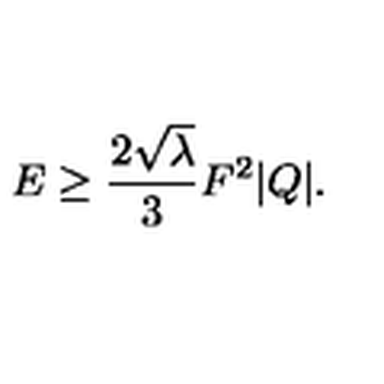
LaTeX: E \ge { \frac { 2 \sqrt { \lambda } } { 3 } } F ^ { 2 } | Q | .